Annual report on vaccination in Mysore, 1879-1880 - 1879-1880
Year: 1879
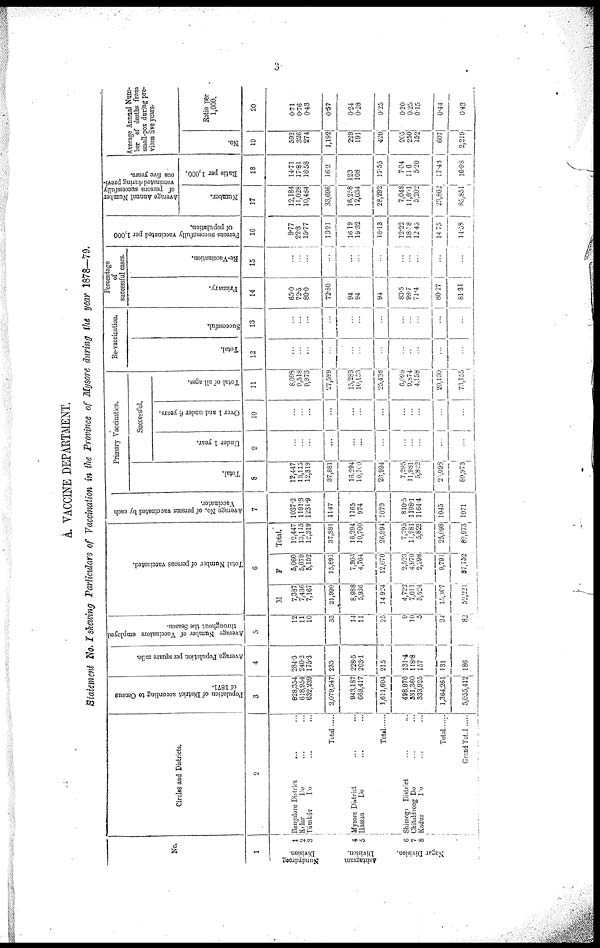
3
A. VACCINE DEPARTMENT.
Statement No. I shewing Particulars of Vaccination in the Province of Mysore during the year 1878—79.
No.
1
Nundydroog
Division.
Ashtagram
Division.
Nagar Division.
1
2
3
4
5
6
7
8
Circles and Districts.
2
Bangalore District
... ...
Kedar
Do ... ...
Túmkúr
Do ... ...
Total ......
Mysore District ... ...
Hassan
Do ... ...
Total
Shimogr District ... ...
Chitaldroog Do ... ...
Kadur
Do ... ...
Total
Grand Total
Population of District according to Census
of 1871.
3
828,354
618,954
632,239
2,079,547
943,187
668,417
1,611,604
498,976
531,360
333,925
1,364,261
5,055,412
Average Population per square mile.
4
284.3
240.2
175.3
233
228.5
203.1
215
131.4
118.8
157
131
186
Average Number of Vaccinators employed
throughout the Season.
5
12
11
10
33
14
11
25
9
10
5
24
82
Total Number of persons vaccinated.
6
M
7,387
7,436
7,167
21,990
8,988
5,936
14,924
4,722
7,011
3,524
15,307
52,221
F
5,060
5,679
5,152
15,891
7,306
4,764
12,070
2,523
4,970
2,298
9,791
37,752
Total.
12,447
13,115
12,319
37,881
16,294
10,700
26,994
7,295
11,981
5,822
25,098
89,973
Average No. of persons vaccinated by each
Vaccinator.
7
1037.2
1191.3
1231.9
1147
1165
974
1079
810.5
1198.1
1164.4
1045
1071
Primary Vaccination.
Total.
8
12,447
13,115
12,319
37,881
16,294
10,700
26,994
7,295
11,981
5,822
25,098
89,973
Successful.
Under 1 year.
9
...
...
...
...
...
...
...
...
...
...
...
...
Over 1 and under 6 years.
10
...
...
...
...
...
...
...
...
...
...
...
...
Total of all ages.
11
8,093
9,518
9,973
27,589
15,283
10,153
25,436
6,098
9,874
4,158
20,130
73,155
Re-vaccination.
Total.
12
...
...
...
...
...
...
...
...
...
...
...
...
Successful.
13
...
...
...
...
...
...
...
...
...
...
...
...
Percentage
successful cases.
Primary.
14
65.0
72.5
80.0
72.80
94
94
94
83.5
98.7
...
80.27
81.31
Re-Vaccination.
15
...
...
...
...
...
...
...
...
...
...
...
...
Persons successfully vaccinated per 1,000
of population.
16
9.77
22.3
15.77
13.21
16.19
19.32
16.13
12.22
18.58
12.45
14.75
14.58
Average Annual Number
of persons-successfully
vaccinated during previ-
ous five years.
Number.
17
12,184
11,028
10,484
33,696
16,258
12,034
28,292
7,048
11,601
5,202
23,862
85,851
Ratio per 1,000.
18
14.71
17.81
16.58
16.2
123
108
17.55
7.04
11. 6
5,20
17.48
16.98
Average Annual Num-
ber of deaths from
small-pox during pre-
vious five years.
No.
19
592
326
274
1,192
229
191
420
205
250
152
607
2,219
Ratio per
1,000.
20
0.71
0.76
0.43
0.57
0.24
0.28
0.25
0.20
0.25
0.15
0.44
0.43